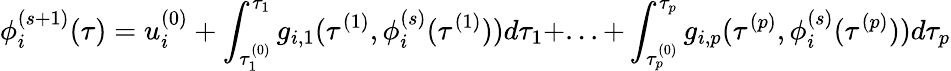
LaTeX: \phi_{i}^{(s+1)}(\tau)=u_{i}^{(0)}+\int_{\tau_{1}^{(0)}}^{\tau_{1}}g_{i,1}(\tau^{(1)},\phi_{i}^{(s)}(\tau^{(1)}))d\tau_{1}+...+\int_{\tau_{p}^{(0)}}^{\tau_{p}}g_{i,p}(\tau^{(p)},\phi_{i}^{(s)}(\tau^{(p)}))d\tau_{p}